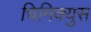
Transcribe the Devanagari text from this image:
चिमिक्युस